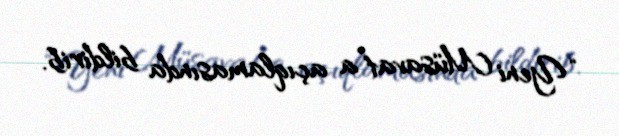
“Yeni Müsavat”a açıqlamasında bildirib.